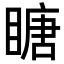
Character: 瞊